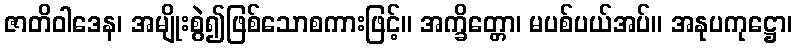
ဇာတိဝါဒေန၊ အမျိုးစွဲ၍ဖြစ်သောစကားဖြင့်။ အက္ခိတ္တော၊ မပစ်ပယ်အပ်။ အနုပကုဋ္ဌော၊